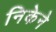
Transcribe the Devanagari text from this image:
निकेने